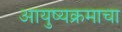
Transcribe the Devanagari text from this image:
आयुष्यक्रमाचा